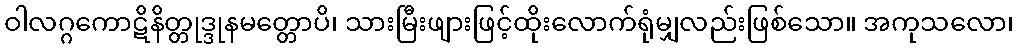
ဝါလဂ္ဂကောဋိနိတ္တုဒ္ဒုနမတ္တောပိ၊ သားမြီးဖျားဖြင့်ထိုးလောက်ရုံမျှလည်းဖြစ်သော။ အကုသလော၊